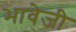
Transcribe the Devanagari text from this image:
भावेजी